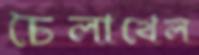
চৈলাখেল